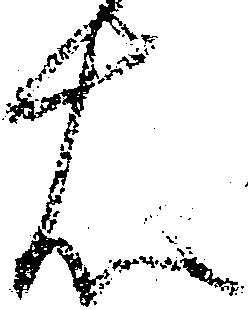
右